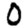
Digit: 0